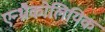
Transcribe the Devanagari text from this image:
एन्थ्रौकोलियिक